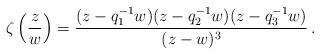
LaTeX: \begin{align*} \zeta\left(\frac{z}{w}\right)=\frac{(z-q_1^{-1}w)(z-q_2^{-1}w)(z-q_3^{-1}w)}{(z-w)^3} \,.\end{align*}